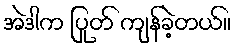
အဲဒါက ပြုတ် ကျန်ခဲ့တယ်။